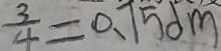
\frac { 3 } { 4 } = 0 . 7 5 d m